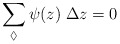
\begin{align*}\sum_{\lozenge}\psi(z)\;\Delta z = 0\end{align*}